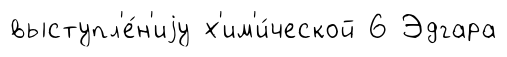
выступл'е́н'иjу х'им'и́ческой 6 Эдгара